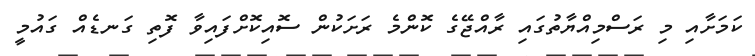
ކަމަށާއި މި ރަސްމިއްޔާތުގައި ރާއްޖޭގެ ކޮންމެ ރަށަކުން ސޮއިކޮށްފައިވާ ފޮތި ގަނޑެއް ގައުމީ